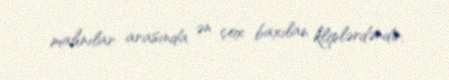
mahnılar arasında ən çox baxılan kliplərdəndir.